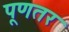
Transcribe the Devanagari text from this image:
पूणतर